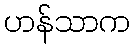
ဟန်သာက